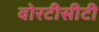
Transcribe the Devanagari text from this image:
वोरटीसीटी